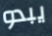
يبدو